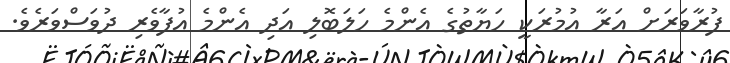
ފުރާވަރަށް އަރާ އުމުރަކީ ހަޔާތުގެ އެންމެ ހަލަބޮލި އަދި އެންމެ އުފާވެރި ދުވަސްވަރެވެ.